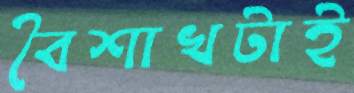
বৈশাখটাই